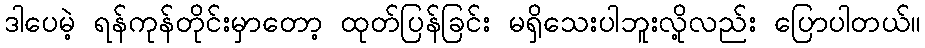
ဒါပေမဲ့ ရန်ကုန်တိုင်းမှာတော့ ထုတ်ပြန်ခြင်း မရှိသေးပါဘူးလို့လည်း ပြောပါတယ်။